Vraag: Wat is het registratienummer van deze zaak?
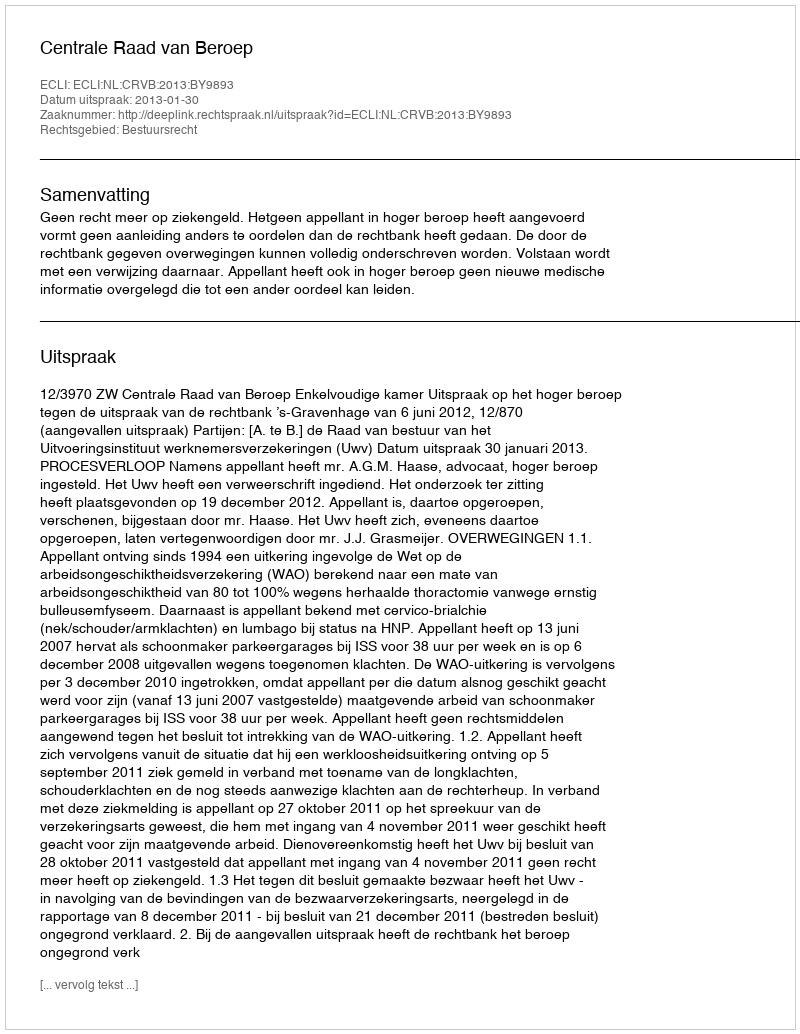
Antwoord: http://deeplink.rechtspraak.nl/uitspraak?id=ECLI:NL:CRVB:2013:BY9893